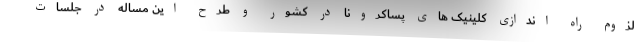
لزوم راه اندازی کلینیک های پساکرونا در کشور و طرح این مساله در جلسات